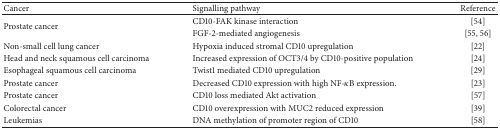
<table><thead><tr><td><b>Cancer</b></td><td><b>Signalling pathway</b></td><td><b>Reference</b></td></tr></thead><tbody><tr><td rowspan="2">Prostate cancer</td><td>CD10-FAK kinase interaction</td><td>[54]</td></tr><tr><td>FGF-2-mediated angiogenesis</td><td>[55, 56]</td></tr><tr><td>Non-small cell lung cancer</td><td>Hypoxia induced stromal CD10 upregulation</td><td>[22]</td></tr><tr><td>Head and neck squamous cell carcinoma</td><td>Increased expression of OCT3/4 by CD10-positive population</td><td>[24]</td></tr><tr><td>Esophageal squamous cell carcinoma</td><td>Twist1 mediated CD10 upregulation</td><td>[29]</td></tr><tr><td>Prostate cancer</td><td>Decreased CD10 expression with high NF-<i>κ</i>B expression.</td><td>[23]</td></tr><tr><td>Prostate cancer</td><td>CD10 loss mediated Akt activation</td><td>[57]</td></tr><tr><td>Colorectal cancer</td><td>CD10 overexpression with MUC2 reduced expression</td><td>[39]</td></tr><tr><td>Leukemias</td><td>DNA methylation of promoter region of CD10</td><td>[58]</td></tr></tbody></table>